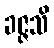
ခဇ္ဇသိ